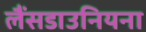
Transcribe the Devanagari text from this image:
लैंसडाउनियना